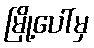
မြို့ပေါ်မှ